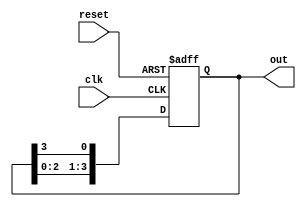
module ring_counter (
    input wire clk,          // Clock signal
    input wire reset,        // Asynchronous reset signal
    output reg [n-1:0] out   // Output representing the state of the ring counter
);
    parameter n = 4; // Number of flip-flops (Adjust as necessary)

    always @(posedge clk or posedge reset) begin
        if (reset) begin
            out <= 1'b1; // Initialize to 1000 for n=4
        end else begin
            out <= {out[n-2:0], out[n-1]}; // Shift left and wrap around
        end
    end
endmodule